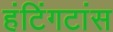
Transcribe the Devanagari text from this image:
हंटिंगटांस